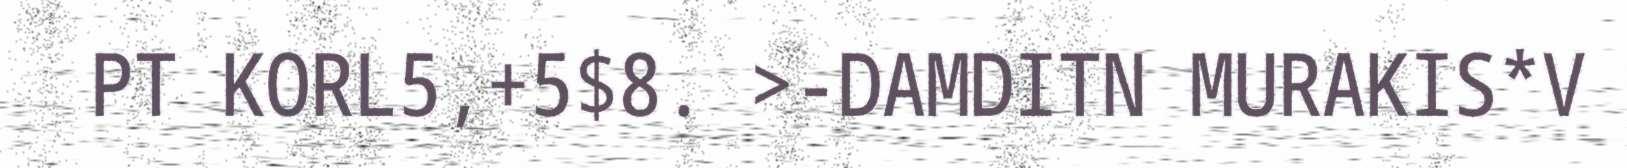
PT KORL5,+5$8. >-DAMDITN MURAKIS*V